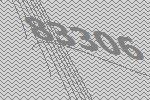
83306